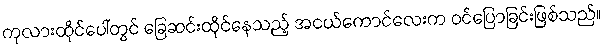
ကုလားထိုင်ပေါ်တွင် ခြေဆင်းထိုင်နေသည့် အငယ်ကောင်လေးက ဝင်ပြောခြင်းဖြစ်သည်။